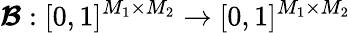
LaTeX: \boldsymbol{\mathcal{B}}:[0,1]^{M_{1}\times M_{2}}\to[0,1]^{M_{1}\times M_{2}}